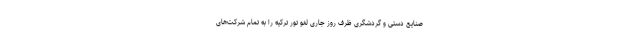
صنایع دستی و گردشگری ظرف روز جاری لغو تور ترکیه را به تمام شرکت‌های